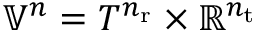
{ \mathbb { V } } ^ { n } = T ^ { n _ { \mathrm { r } } } \times { \mathbb { R } } ^ { n _ { \mathrm { t } } }